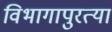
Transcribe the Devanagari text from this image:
विभागापुरत्या